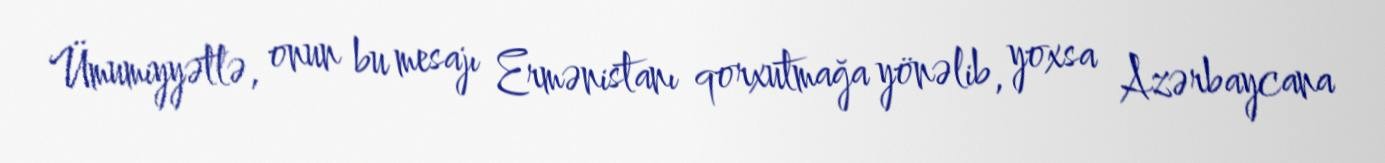
Ümumiyyətlə, onun bu mesajı Ermənistanı qorxutmağa yönəlib, yoxsa Azərbaycana